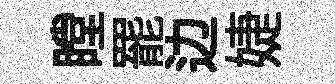
瞠罷边婕